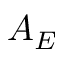
A _ { E }